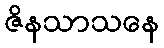
ဇိနသာသနေ